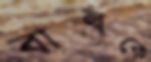
বাল্বকে